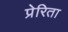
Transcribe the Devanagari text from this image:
प्रेरिता